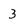
Character: 3